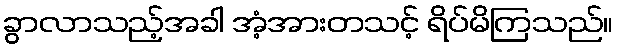
ခွာလာသည့်အခါ အံ့အားတသင့် ရိပ်မိကြသည်။